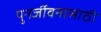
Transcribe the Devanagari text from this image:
पुनर्जीवनासाठी